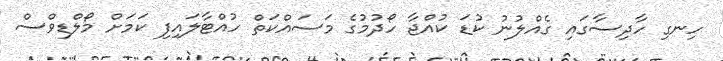
ހިނގި ހާދިސާގައި ގެއްލުނު ކުޑަ ކުއްޖާ ހޯދުމުގެ މަސައްކަތް ހުއްޓާލައިފި ކަމަށް މޯލްޑިވްސް